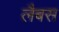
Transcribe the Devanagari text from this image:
लैबस